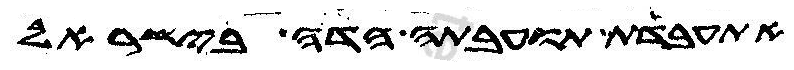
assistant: אתעבדת תועבתה הדה בישראל